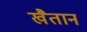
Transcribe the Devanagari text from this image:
खैतान